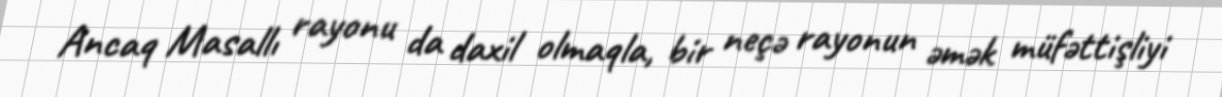
Ancaq Masallı rayonu da daxil olmaqla, bir neçə rayonun əmək müfəttişliyi